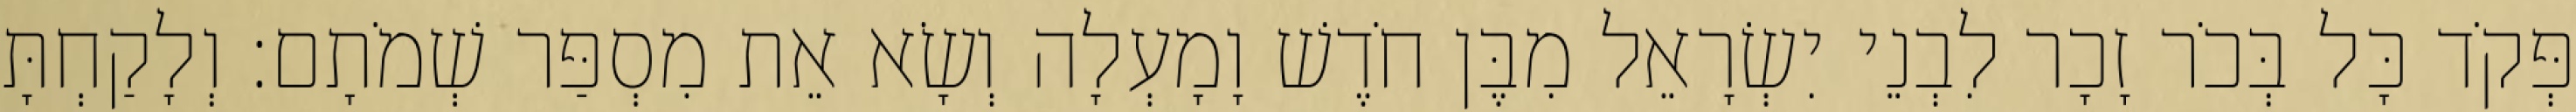
פְּקֹד כָּל בְּכֹר זָכָר לִבְנֵי יִשְׂרָאֵל מִבֶּן חֹדֶשׁ וָמָעְלָה וְשָׂא אֵת מִסְפַּר שְׁמֹתָם׃ וְלָקַחְתָּ